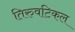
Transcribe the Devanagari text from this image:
तिरुवटिकल